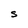
Character: S